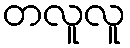
တလူလူ